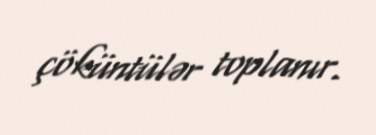
çöküntülər toplanır.